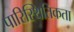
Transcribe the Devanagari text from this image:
पारिस्थितिकता